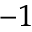
^ { - 1 }